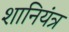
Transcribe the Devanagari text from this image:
शानियंत्र